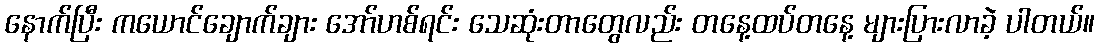
နောက်ပြီး ကယောင်ချောက်ချား အော်ဟစ်ရင်း သေဆုံးတာတွေလည်း တနေ့ထပ်တနေ့ များပြားလာခဲ့ ပါတယ်။